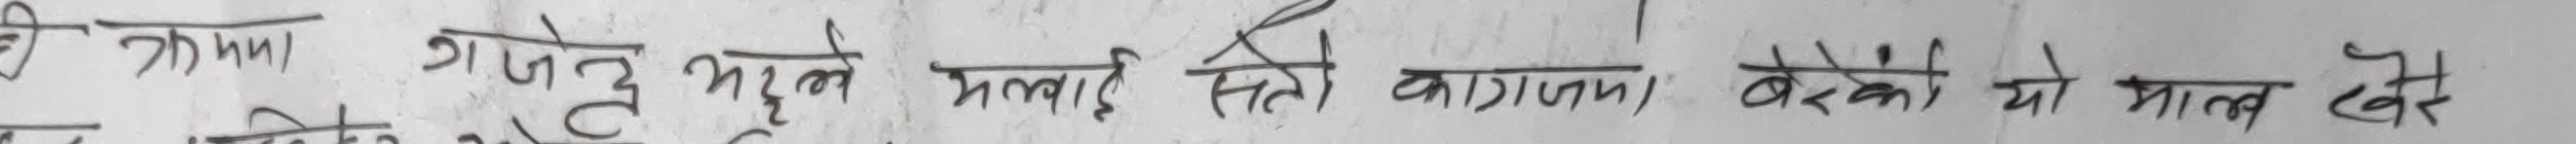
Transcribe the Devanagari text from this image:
की फ्रागा गाजे झुले माल सितो कागजमा बेचेको यो माल देई